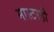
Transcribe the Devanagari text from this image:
मास्टरही